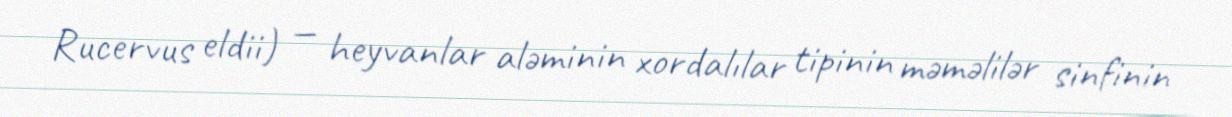
Rucervus eldii) — heyvanlar aləminin xordalılar tipinin məməlilər sinfinin